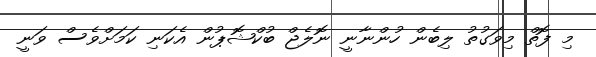
މި ފޮތް މިވަގުތު ލިބެން ހުންނާނީ ނޮލެޖް ބުކްޝޮޕުން އެކަނި ކަމަށްވެސް ވަނީ